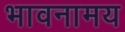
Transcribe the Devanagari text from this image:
भावनामय